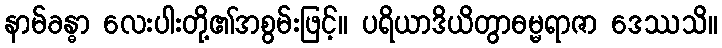
နာမ်ခန္ဓာ လေးပါးတို့၏အစွမ်းဖြင့်။ ပရိယာဒိယိတွာဓမ္မရာဇာ ဒေဿသိ။